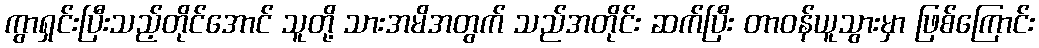
ကွာရှင်းပြီးသည့်တိုင်အောင် သူတို့ သားအမိအတွက် သည်အတိုင်း ဆက်ပြီး တာဝန်ယူသွားမှာ ဖြစ်ကြောင်း